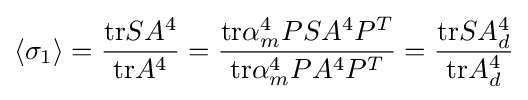
\left\langle \sigma _{1}\right\rangle ={\frac {{\textrm {tr}}SA^{4}}{{\textrm {tr}}A^{4}}}={\frac {{\textrm {tr}}\alpha _{m}^{4}PSA^{4}P^{T}}{{\textrm {tr}}\alpha _{m}^{4}PA^{4}P^{T}}}={\frac {{\textrm {tr}}SA_{d}^{4}}{{\textrm {tr}}A_{d}^{4}}}